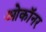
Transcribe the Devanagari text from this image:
ओकॉनर